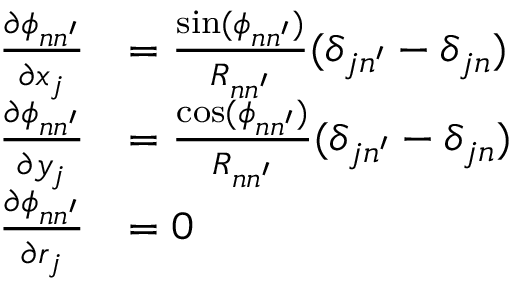
\begin{array} { r l } { \frac { \partial \phi _ { n n ^ { \prime } } } { \partial x _ { j } } } & { = \frac { \sin ( \phi _ { n n ^ { \prime } } ) } { R _ { n n ^ { \prime } } } ( \delta _ { j n ^ { \prime } } - \delta _ { j n } ) } \\ { \frac { \partial \phi _ { n n ^ { \prime } } } { \partial y _ { j } } } & { = \frac { \cos ( \phi _ { n n ^ { \prime } } ) } { R _ { n n ^ { \prime } } } ( \delta _ { j n ^ { \prime } } - \delta _ { j n } ) } \\ { \frac { \partial \phi _ { n n ^ { \prime } } } { \partial r _ { j } } } & { = 0 } \end{array}